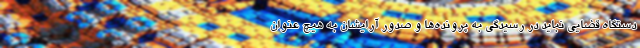
دستگاه قضایی نباید در رسیدگی به پرونده‌ها و صدور آرایشان به هیچ عنوان